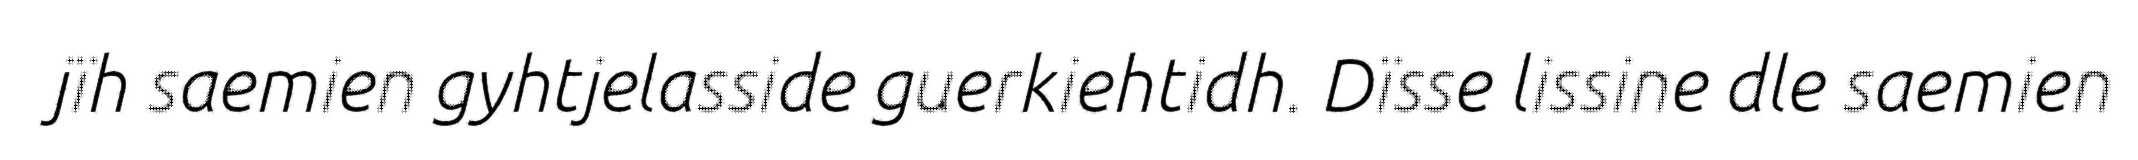
jïh saemien gyhtjelasside guerkiehtidh. Dïsse lissine dle saemien